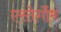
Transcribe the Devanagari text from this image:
एस्तेर्गोम